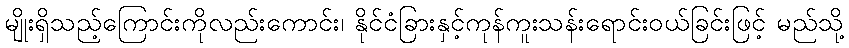
မျိုးရှိသည့်ကြောင်းကိုလည်းကောင်း၊ နိုင်ငံခြားနှင့်ကုန်ကူးသန်းရောင်းဝယ်ခြင်းဖြင့် မည်သို့